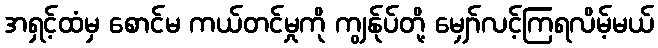
အရှင့်ထံမှ စောင်မ ကယ်တင်မှုကို ကျွန်ုပ်တို့ မျှော်လင့်ကြရလိမ့်မယ်